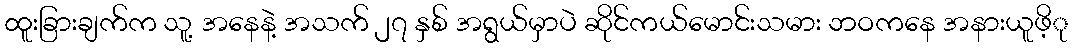
ထူးခြားချက်က သူ့ အနေနဲ့ အသက် ၂၇ နှစ် အရွယ်မှာပဲ ဆိုင်ကယ်မောင်းသမား ဘဝကနေ အနားယူဖိ့ု